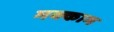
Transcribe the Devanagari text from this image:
मक्काम